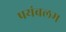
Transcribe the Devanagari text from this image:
पयंबलम